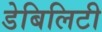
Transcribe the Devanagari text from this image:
डेबिलिटी